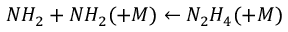
N H _ { 2 } + N H _ { 2 } ( + M ) \leftarrow N _ { 2 } H _ { 4 } ( + M )